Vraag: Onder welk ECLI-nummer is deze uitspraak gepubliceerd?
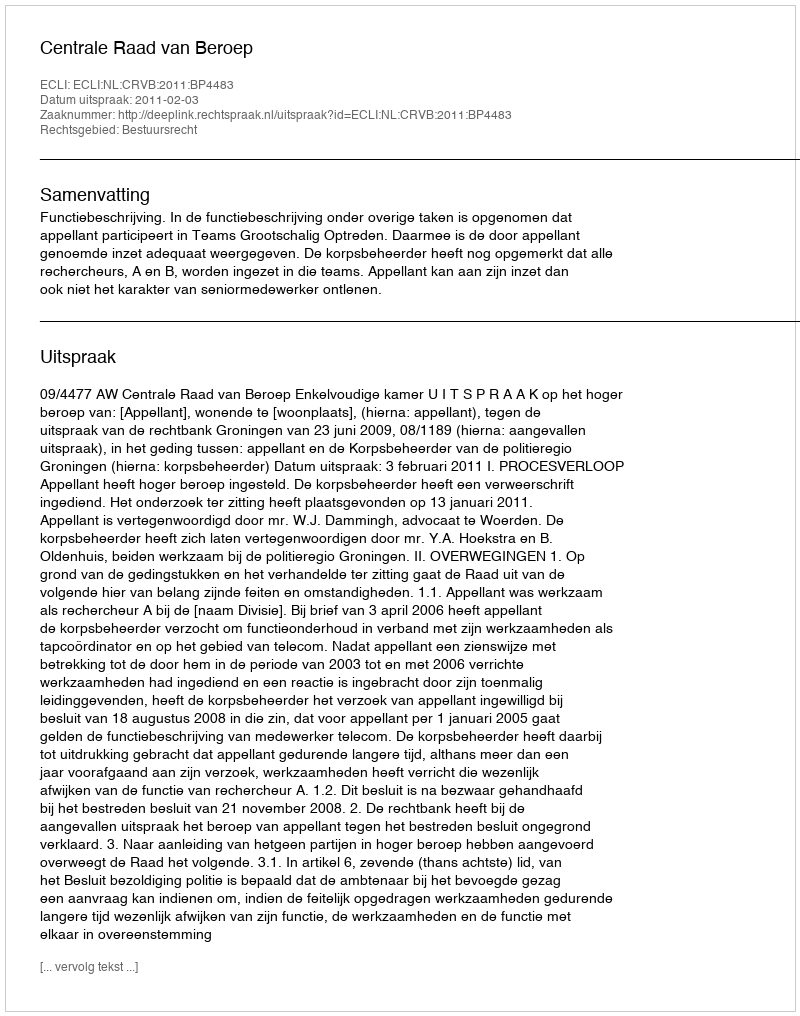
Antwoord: ECLI:NL:CRVB:2011:BP4483